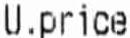
U.PRICE